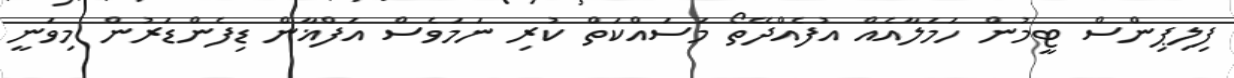
ފިލިޕިންސް ޓީމުން ހަމަލާއެއް އުފެއްދޭތޯ މަސައްކަތް ކުރި ނަމަވެސް އަފްޣާން ޑިފެންޑަރުން މިވަނީ